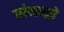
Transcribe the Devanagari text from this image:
संयन्त्रो